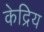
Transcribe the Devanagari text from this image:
केद्रिय